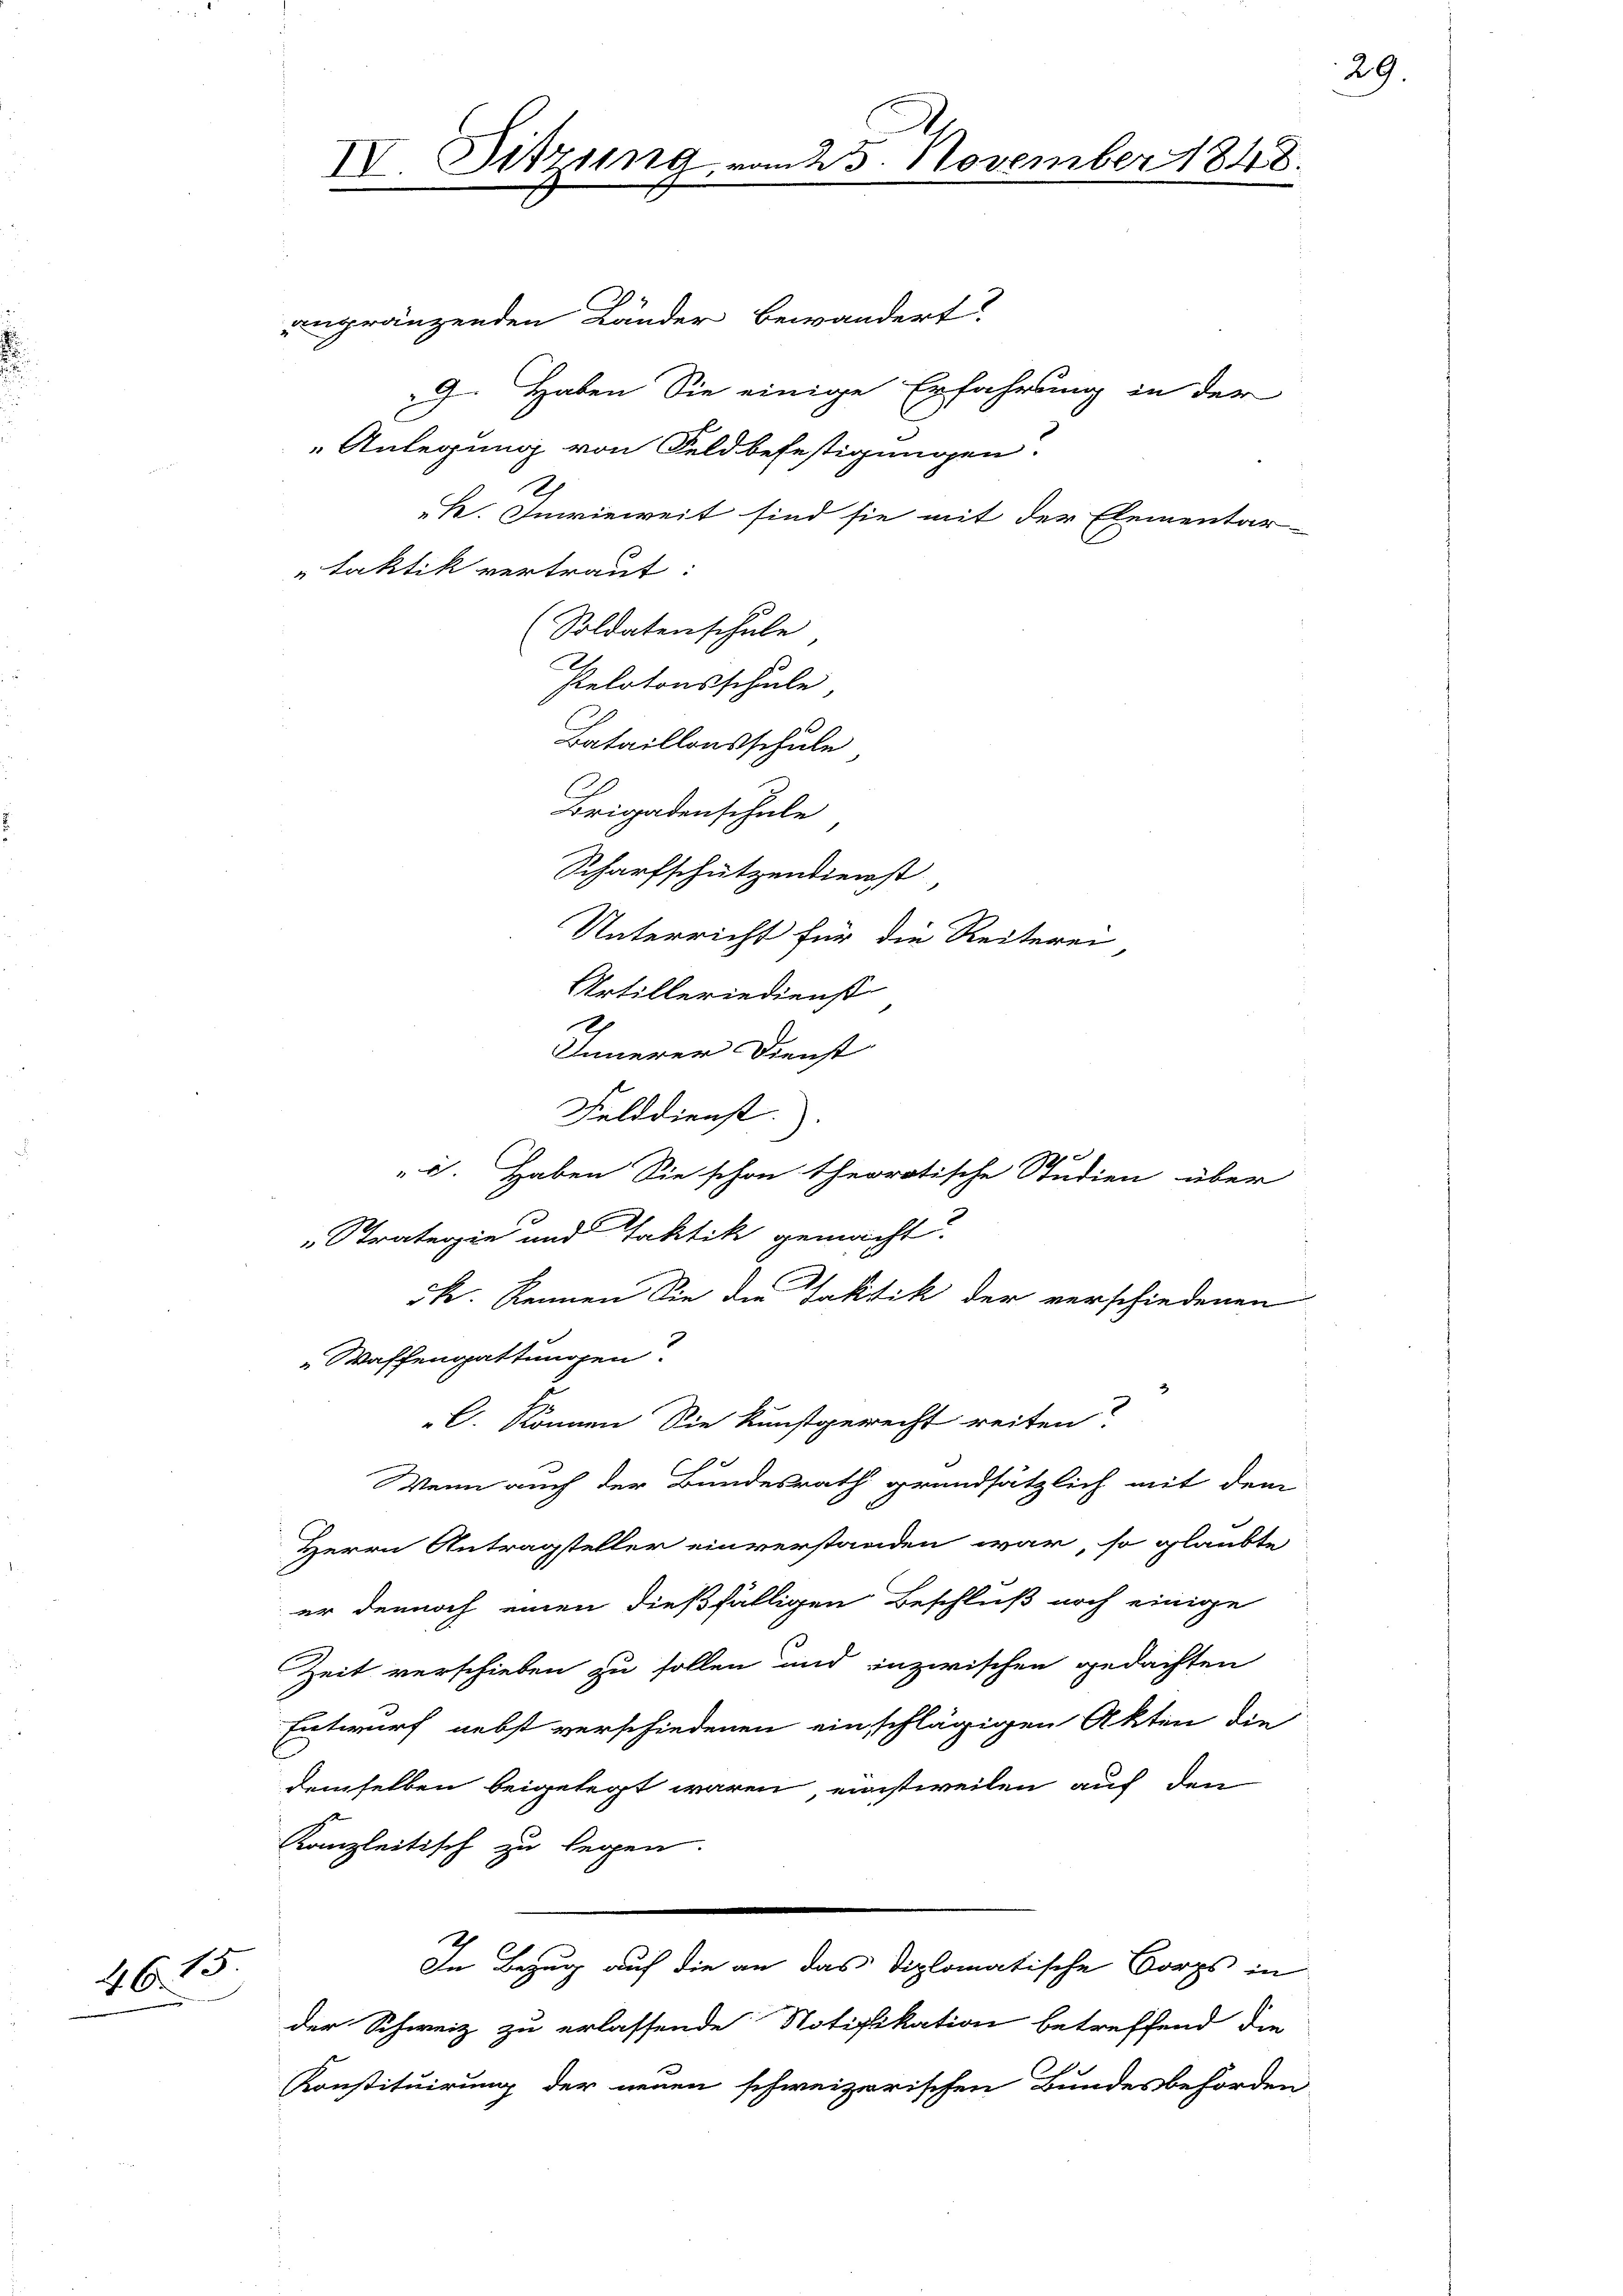
46. 13.

engränzenden Länder bewandert.
9. Haben Sie einige Erfahrung in der
C
Anlegung von Feldbefestigungen.
1
k. Inwieweit sind sie mit der Elementar-
faktik vertraut:
(Soldatenschule
C
selatonsschule,
Bataillonsschule,
Brigadenschale
Scharfschützendienst,
Unterricht für die Reiterei
Artilleriedienst
2
Innerer Dienst
f x
d. Haben Sie schon theoretische Studien über
„Straterie und Taktik gemacht.
s
5k. Rennen Sie die faktik der verschiedenen
" Waffengattungen.
C. Können Sie kunstgerecht reiten?
Wenn auch der Bundesrath grundsätzlich mit dem
Herrn Antragsteller einverstanden war, so glaubte
er dennoch einen dießfälligen Beschluß noch einige
Zeit verschieben zu sollen und inzwischen gedachten
Entwurf nebst verschiedenen einschlägigen Akten die
demselben beigelegt waren, einstweilen auf den
Kanzleitisch zu legen.
In Bezug auf die an das Diplomatische Borgs in
der Schweiz zu erlassende Notifikation betreffend die
Konstituirung der neuen schweizerischen Bundesbehörden

IV. Sitzung

Felddienst.

25. November 1848.

29.